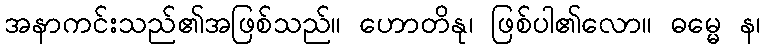
အနာကင်းသည်၏အဖြစ်သည်။ ဟောတိနု၊ ဖြစ်ပါ၏လော။ ဓမ္မေ န၊